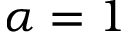
\alpha = 1